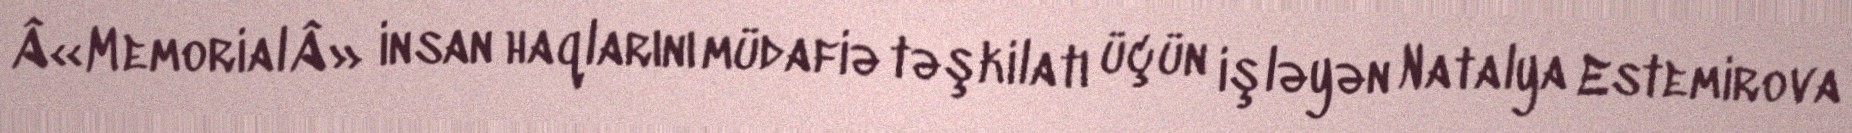
Â«MemorialÂ» insan haqlarını müdafiə təşkilatı üçün işləyən Natalya Estemirova